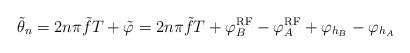
LaTeX: \begin{align*}{\tilde \theta _n}=2n\pi \tilde fT + \tilde \varphi=2n\pi \tilde fT + \varphi _B^{{\rm{RF}}} - \varphi _A^{{\rm{RF}}} + {\varphi _{{h_B}}} - {\varphi _{{h_A}}}\end{align*}